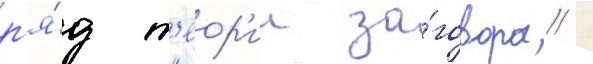
р'я́д т'еор'ии за́говора /